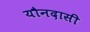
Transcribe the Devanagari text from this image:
यौनदासी